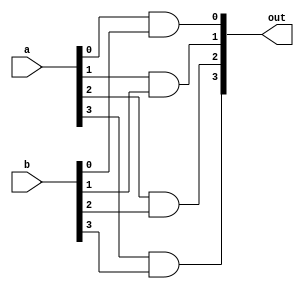
module and4(
    input [3:0] a,
    input [3:0] b,
    output [3:0] out
    );
    and and1 (out[0],a[0],b[0]);
    and and2 (out[1],a[1],b[1]);
    and and3 (out[2],a[2],b[2]);
    and and4 (out[3],a[3],b[3]);
    
endmodule